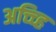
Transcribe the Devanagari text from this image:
अच्च्हि